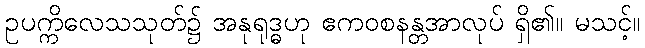
ဥပက္ကိလေသသုတ်၌ အနုရုဒ္ဓဟု ဧကဝစနန္တအာလုပ် ရှိ၏။ မသင့်။